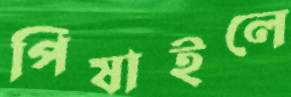
পিষাইলে